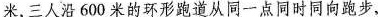
米，三人沿600米的环形跑道从同一点同时同向跑步，